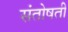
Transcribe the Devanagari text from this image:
संतोषती